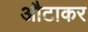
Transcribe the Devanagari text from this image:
औटाकर